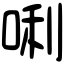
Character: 唎